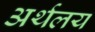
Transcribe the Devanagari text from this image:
अर्थलय